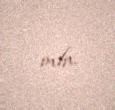
mln.